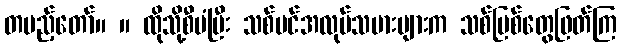
တပည့်တော်။ ။ ထိုသို့စီမံပြီး သစ်ပင်အလုပ်သမားများက သစ်မြစ်တွေဖြတ်ကြ